Annual statistical returns and brief notes on vaccination in Bengal - 1909-1929
Year: 1909
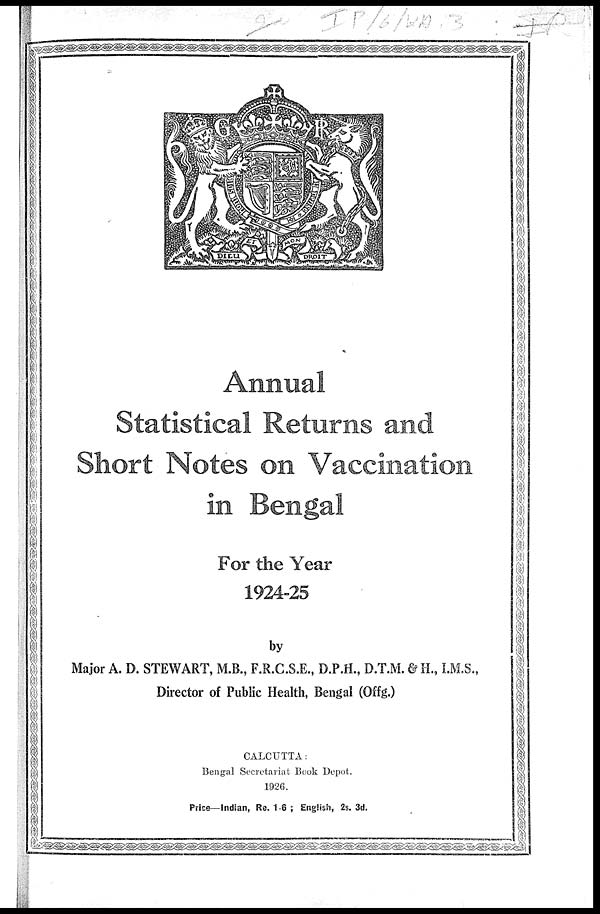
Annual
Statistical Returns and
Short Notes on Vaccination
in Bengal
For the Year
1924-25
by
Major A. D. STEWART, M.B., F.R.C.S.E., D.P.H., D.T.M. & H., I.M.S.,
Director of Public Health, Bengal (Offg.)
CALCUTTA:
Bengal Secretariat Book Depot.
1926.
Price—Indian, Re. 1-6 ; English, 2s. 3d.